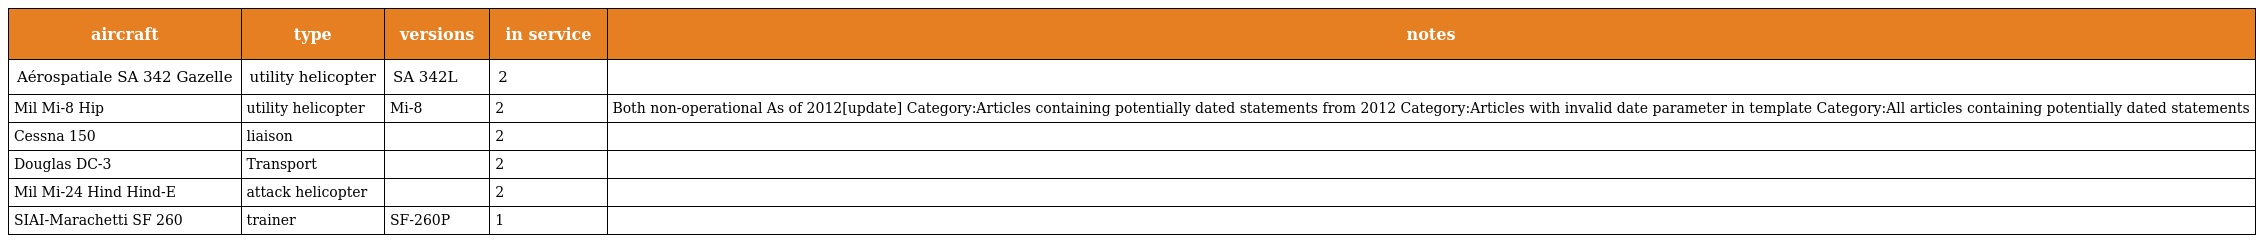
| aircraft | type | versions | in service | notes |
 | --- | --- | --- | --- | --- |
 | Aérospatiale SA 342 Gazelle | utility helicopter | SA 342L | 2 |  |
 | Mil Mi-8 Hip | utility helicopter | Mi-8 | 2 | Both non-operational As of 2012[update] Category:Articles containing potentially dated statements from 2012 Category:Articles with invalid date parameter in template Category:All articles containing potentially dated statements |
 | Cessna 150 | liaison |  | 2 |  |
 | Douglas DC-3 | Transport |  | 2 |  |
 | Mil Mi-24 Hind Hind-E | attack helicopter |  | 2 |  |
 | SIAI-Marachetti SF 260 | trainer | SF-260P | 1 |  |